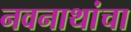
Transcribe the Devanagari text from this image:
नवनाथांचा